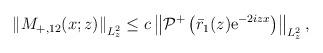
LaTeX: \begin{align*}\begin{aligned}\left\|M_{+,12}(x ; z)\right\|_{L_{ z}^{2}} \leq c \left\|\mathcal{P}^+\left(\bar{r}_1(z) \mathrm{e}^{-2iz x}\right)\right\|_{L_{z}^2},\end{aligned}\end{align*}